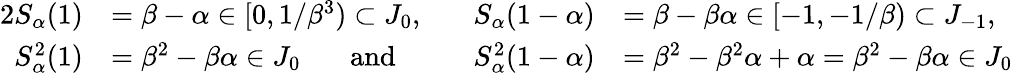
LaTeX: \begin{array}{rlrl}{{2}S_{\alpha}(1)}&{=\beta-\alpha\in[0,1/\beta^{3})\subset J_{0},\ }&{S_{\alpha}(1-\alpha)}&{=\beta-\beta\alpha\in[-1,-1/\beta)\subset J_{-1},}\\ {S_{\alpha}^{2}(1)}&{=\beta^{2}-\beta\alpha\in J_{0}\ \ \ \ \ \ \ \mathrm{and}\ \ \ \ \ \ \ }&{S_{\alpha}^{2}(1-\alpha)}&{=\beta^{2}-\beta^{2}\alpha+\alpha=\beta^{2}-\beta\alpha\in J_{0}}\end{array}